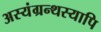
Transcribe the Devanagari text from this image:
अस्यंग्रन्थस्यापि